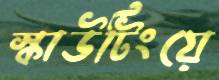
স্কাউটিংয়ে